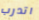
اتدرب